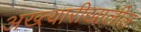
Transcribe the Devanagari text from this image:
अख्त्यारीखालील